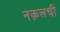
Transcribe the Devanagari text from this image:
नक़लची